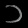
Digit: ၁